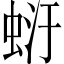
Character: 𧋂